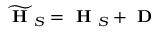
\widetilde { \textbf { H } } _ { S } = \textbf { H } _ { S } + \textbf { D }